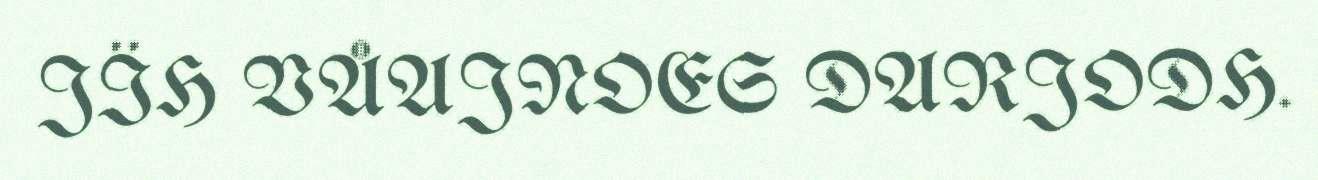
JÏH VÅAJNOES DARJODH.